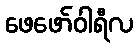
ဖေဖော်ဝါရီလ